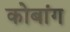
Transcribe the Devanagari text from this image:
कोबांग